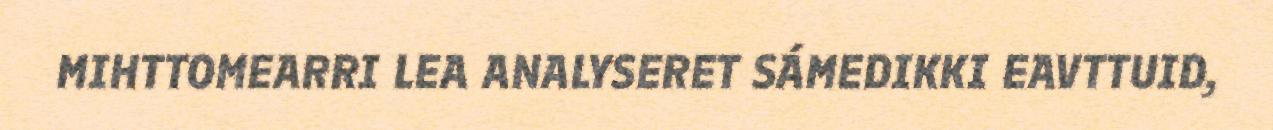
MIHTTOMEARRI LEA ANALYSERET SÁMEDIKKI EAVTTUID,